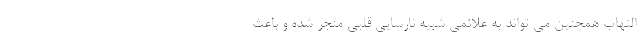
التهاب همچنین می تواند به علائمی شبیه نارسایی قلبی منجر شده و باعث